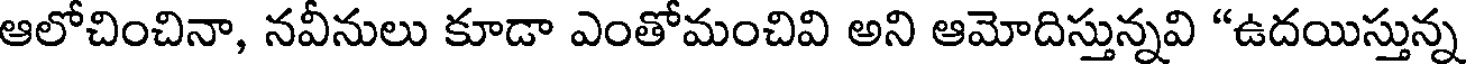
ఆలోచించినా, నవీనులు కూడా ఎంతోమంచివి అని ఆమోదిస్తున్నవి "ఉదయిస్తున్న